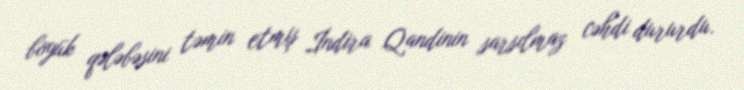
böyük qələbəsini təmin etmiş İndira Qandinin sarsılmaz cəhdi dururdu.